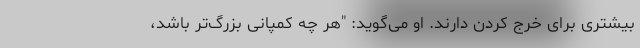
بیشتری برای خرج کردن دارند. او می‌گوید: "هر چه کمپانی بزرگ‌‌تر باشد،